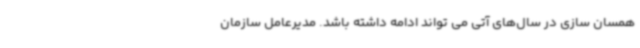
همسان سازی در سال‌های آتی می تواند ادامه داشته باشد. مدیرعامل سازمان